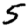
Digit: 5